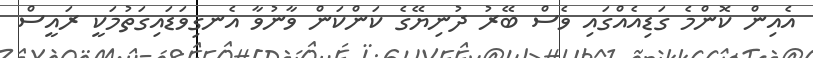
އެއިން ކޮންމެ ގަޑިއެއްގައި ވެސް ބޭރު ދުނިޔޭގެ ކަންކަން ވާނުވާ އެނގިވަޑައިގަތުމަކީ ރައީސް